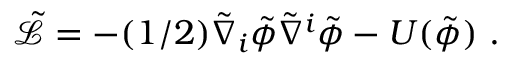
\tilde { \mathcal { L } } = - ( 1 / 2 ) \tilde { \nabla } _ { i } \tilde { \phi } \tilde { \nabla } ^ { i } \tilde { \phi } - U ( \tilde { \phi } ) ~ .